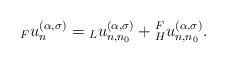
LaTeX: \begin{align*} {}_Fu^{(\alpha,\sigma)}_n={}_Lu_{n,n_0}^{(\alpha,\sigma)}+{}_H^F{u}_{n,n_0}^{(\alpha,\sigma)}. \end{align*}